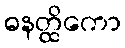
ဓနတ္ထိကော